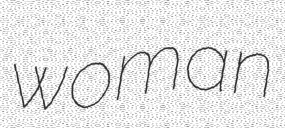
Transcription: woman